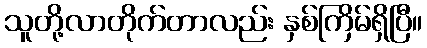
သူတို့လာတိုက်တာလည်း နှစ်ကြိမ်ရှိပြီ။